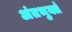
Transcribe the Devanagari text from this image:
अंतभुर्क्त